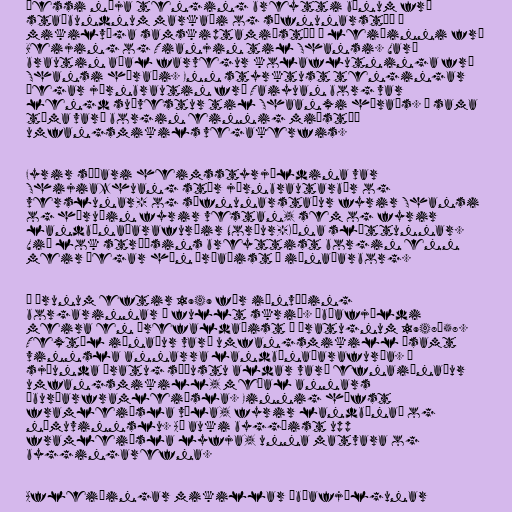
Þessi nýja tenging breytti bænum frá
staðbundnum markaði og söfnunarstöð í
mikilvæga samskiptamiðstöð á leiðinni frá
Beijing og Tianjin til Shansi. Varð
brautin aðal farvegur kolaflutninga frá
Shansi héraði. Enn styrktust tengingar
þegar járnbrautin frá Taiyuan borg var
lengd suðvestur til Shaanxi héraðs. Á sama
tíma varð borgin einnig miðstöð
umfangsmikils vegakerfis.

Fyrir síðari heimsstyrjöldina var
Shijiazhuang stór járnbrautarbær og
verslunar- og söfnunarstaður fyrir Shansi
og héruðin fyrir vestan, sem og fyrir
landbúnaðarafurðir Norður-Kína sléttunnar.
Við lok stríðsins breyttist borgin enn
meir þegar hún þróaðist í iðnaðarborg.

Á árunum eftir 1949 fór iðnvæðing
borgarinnar á fullt skrið. Íbúafjöldi
meira en þrefaldaðist á áratugnum 1948–58.
Textíl iðnaður varð umfangsmikill ásamt
vinnsla annarra landbúnaðarafurða. Á
sjöunda áratug síðustu aldar varð efnaiðnaður
umfangsmikill, meðal annars
áburðarframleiðsla. Einnig hófst
framleiðsla véla, fyrir landbúnað og
námuvinnslu. Að auki byggðist upp
framleiðsla lyfja, unna matvara og
byggingarefna.

Afleiðingar mikillar íbúafjölgunar